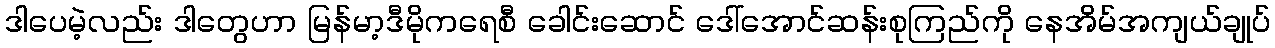
ဒါပေမဲ့လည်း ဒါတွေဟာ မြန်မာ့ဒီမိုကရေစီ ခေါင်းဆောင် ဒေါ်အောင်ဆန်းစုကြည်ကို နေအိမ်အကျယ်ချုပ်